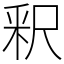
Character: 釈